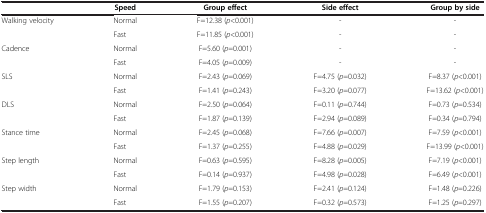
|  | Speed | Group effect | Side effect | Group by side |
 | --- | --- | --- | --- | --- |
 | Walking velocity | Normal | F=12.38 (p<0.001) | - | - |
 |  | Fast | F=11.85 (p<0.001) | - | - |
 | Cadence | Normal | F=5.60 (p=0.001) | - | - |
 |  | Fast | F=4.05 (p=0.009) | - | - |
 | SLS | Normal | F=2.43 (p=0.069) | F=4.75 (p=0.032) | F=8.37 (p<0.001) |
 |  | Fast | F=1.41 (p=0.243) | F=3.20 (p=0.077) | F=13.62 (p<0.001) |
 | DLS | Normal | F=2.50 (p=0.064) | F=0.11 (p=0.744) | F=0.73 (p=0.534) |
 |  | Fast | F=1.87 (p=0.139) | F=2.94 (p=0.089) | F=0.34 (p=0.794) |
 | Stance time | Normal | F=2.45 (p=0.068) | F=7.66 (p=0.007) | F=7.59 (p<0.001) |
 |  | Fast | F=1.37 (p=0.255) | F=4.88 (p=0.029) | F=13.99 (p<0.001) |
 | Step length | Normal | F=0.63 (p=0.595) | F=8.28 (p=0.005) | F=7.19 (p<0.001) |
 |  | Fast | F=0.14 (p=0.937) | F=4.98 (p=0.028) | F=6.49 (p<0.001) |
 | Step width | Normal | F=1.79 (p=0.153) | F=2.41 (p=0.124) | F=1.48 (p=0.226) |
 |  | Fast | F=1.55 (p=0.207) | F=0.32 (p=0.573) | F=1.25 (p=0.297) |